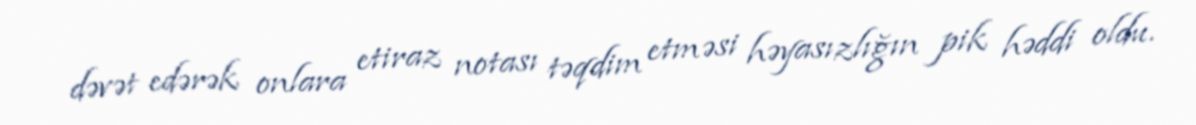
dəvət edərək onlara etiraz notası təqdim etməsi həyasızlığın pik həddi oldu.